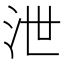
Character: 泄